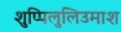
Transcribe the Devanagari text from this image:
शुप्पिलुलिउमाश